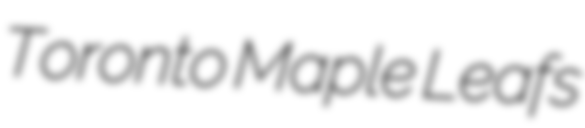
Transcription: Toronto Maple Leafs